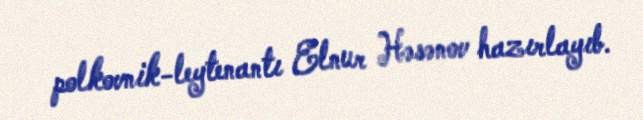
polkovnik-leytenantı Elnur Həsənov hazırlayıb.